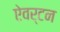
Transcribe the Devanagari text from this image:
ऐवर्टन